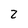
Character: 2